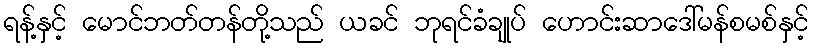
ရန့်နှင့် မောင်ဘတ်တန်တို့သည် ယခင် ဘုရင်ခံချုပ် ဟောင်းဆာဒေါ်မန်စမစ်နှင့်